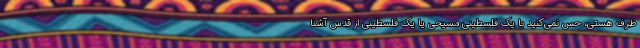
طرف هستی، حس نمی‌کنید با یک فلسطینی مسیحی یا یک فلسطینی از قدس آشنا